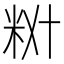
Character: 𫂷